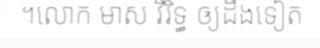
។លោក មាស វិរិទ្ធ ឲ្យដឹងទៀត